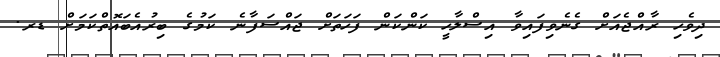
ދިވެހި ރާއްޖެއަށް ގެނެވިފައިވާ އިސްލާހީ ކަންކަން ފަހަތަށް ޖައްސަފާނެ ކަމުގެ ބިރުއެބައޮތްކަމަށް ޑރ.